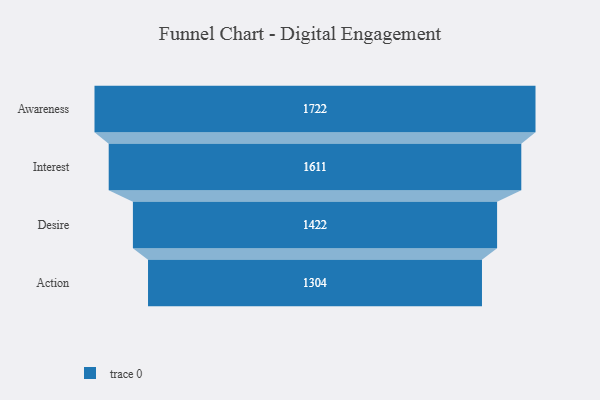
{"axis": {"x": "Stage", "y": "Value"}, "legend": [""], "data": [{"x": "Awareness", "y": 1722.0, "type": ""}, {"x": "Interest", "y": 1611.0, "type": ""}, {"x": "Desire", "y": 1422.0, "type": ""}, {"x": "Action", "y": 1304.0, "type": ""}]}